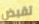
تقبض